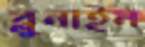
ব্লুনাইন